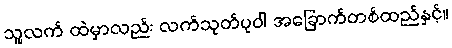
သူ့လက် ထဲမှာလည်း လက်သုတ်ပုဝါ အခြောက်တစ်ထည်နှင့်။